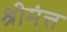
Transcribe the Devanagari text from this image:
श्रीमंत्त